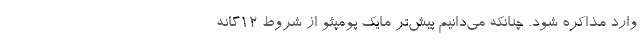
وارد مذاکره شود. چنانکه می‌دانیم پیش‌تر مایک پومپئو از شروط ۱۲گانه